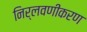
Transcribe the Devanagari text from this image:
निर्लवणीकरण